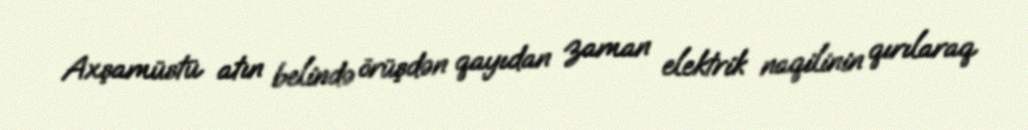
Axşamüstü atın belində örüşdən qayıdan zaman elektrik naqilinin qırılaraq